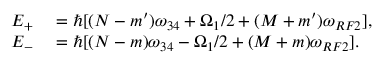
\begin{array} { r l } { E _ { + } } & { { } = \hbar [ ( N - m ^ { \prime } ) \omega _ { 3 4 } + \Omega _ { 1 } / 2 + ( M + m ^ { \prime } ) \omega _ { R F 2 } ] , } \\ { E _ { - } } & { { } = \hbar [ ( N - m ) \omega _ { 3 4 } - \Omega _ { 1 } / 2 + ( M + m ) \omega _ { R F 2 } ] . } \end{array}